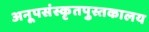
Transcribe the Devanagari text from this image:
अनूपसंस्कृतपुस्तकालय